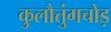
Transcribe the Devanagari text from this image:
कुलौत्तुंगचोड़